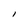
Character: l